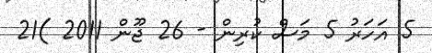
5 އަހަރު 5 މަސް ކުރިން - 26 ޖޫން 2011 )21